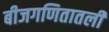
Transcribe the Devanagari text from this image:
बीजगणितातली